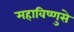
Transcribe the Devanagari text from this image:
महाविष्णुसे